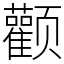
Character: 颧